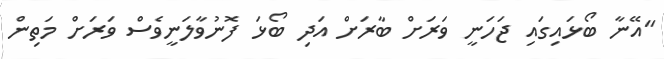
"އޭނާ ބޯޅައިގައި ޖަހަނީ ވަރަށް ބާރަށް އަދި ބޯޅަ ފޮނުވާލަނީވެސް ވަރަށް މަތިން